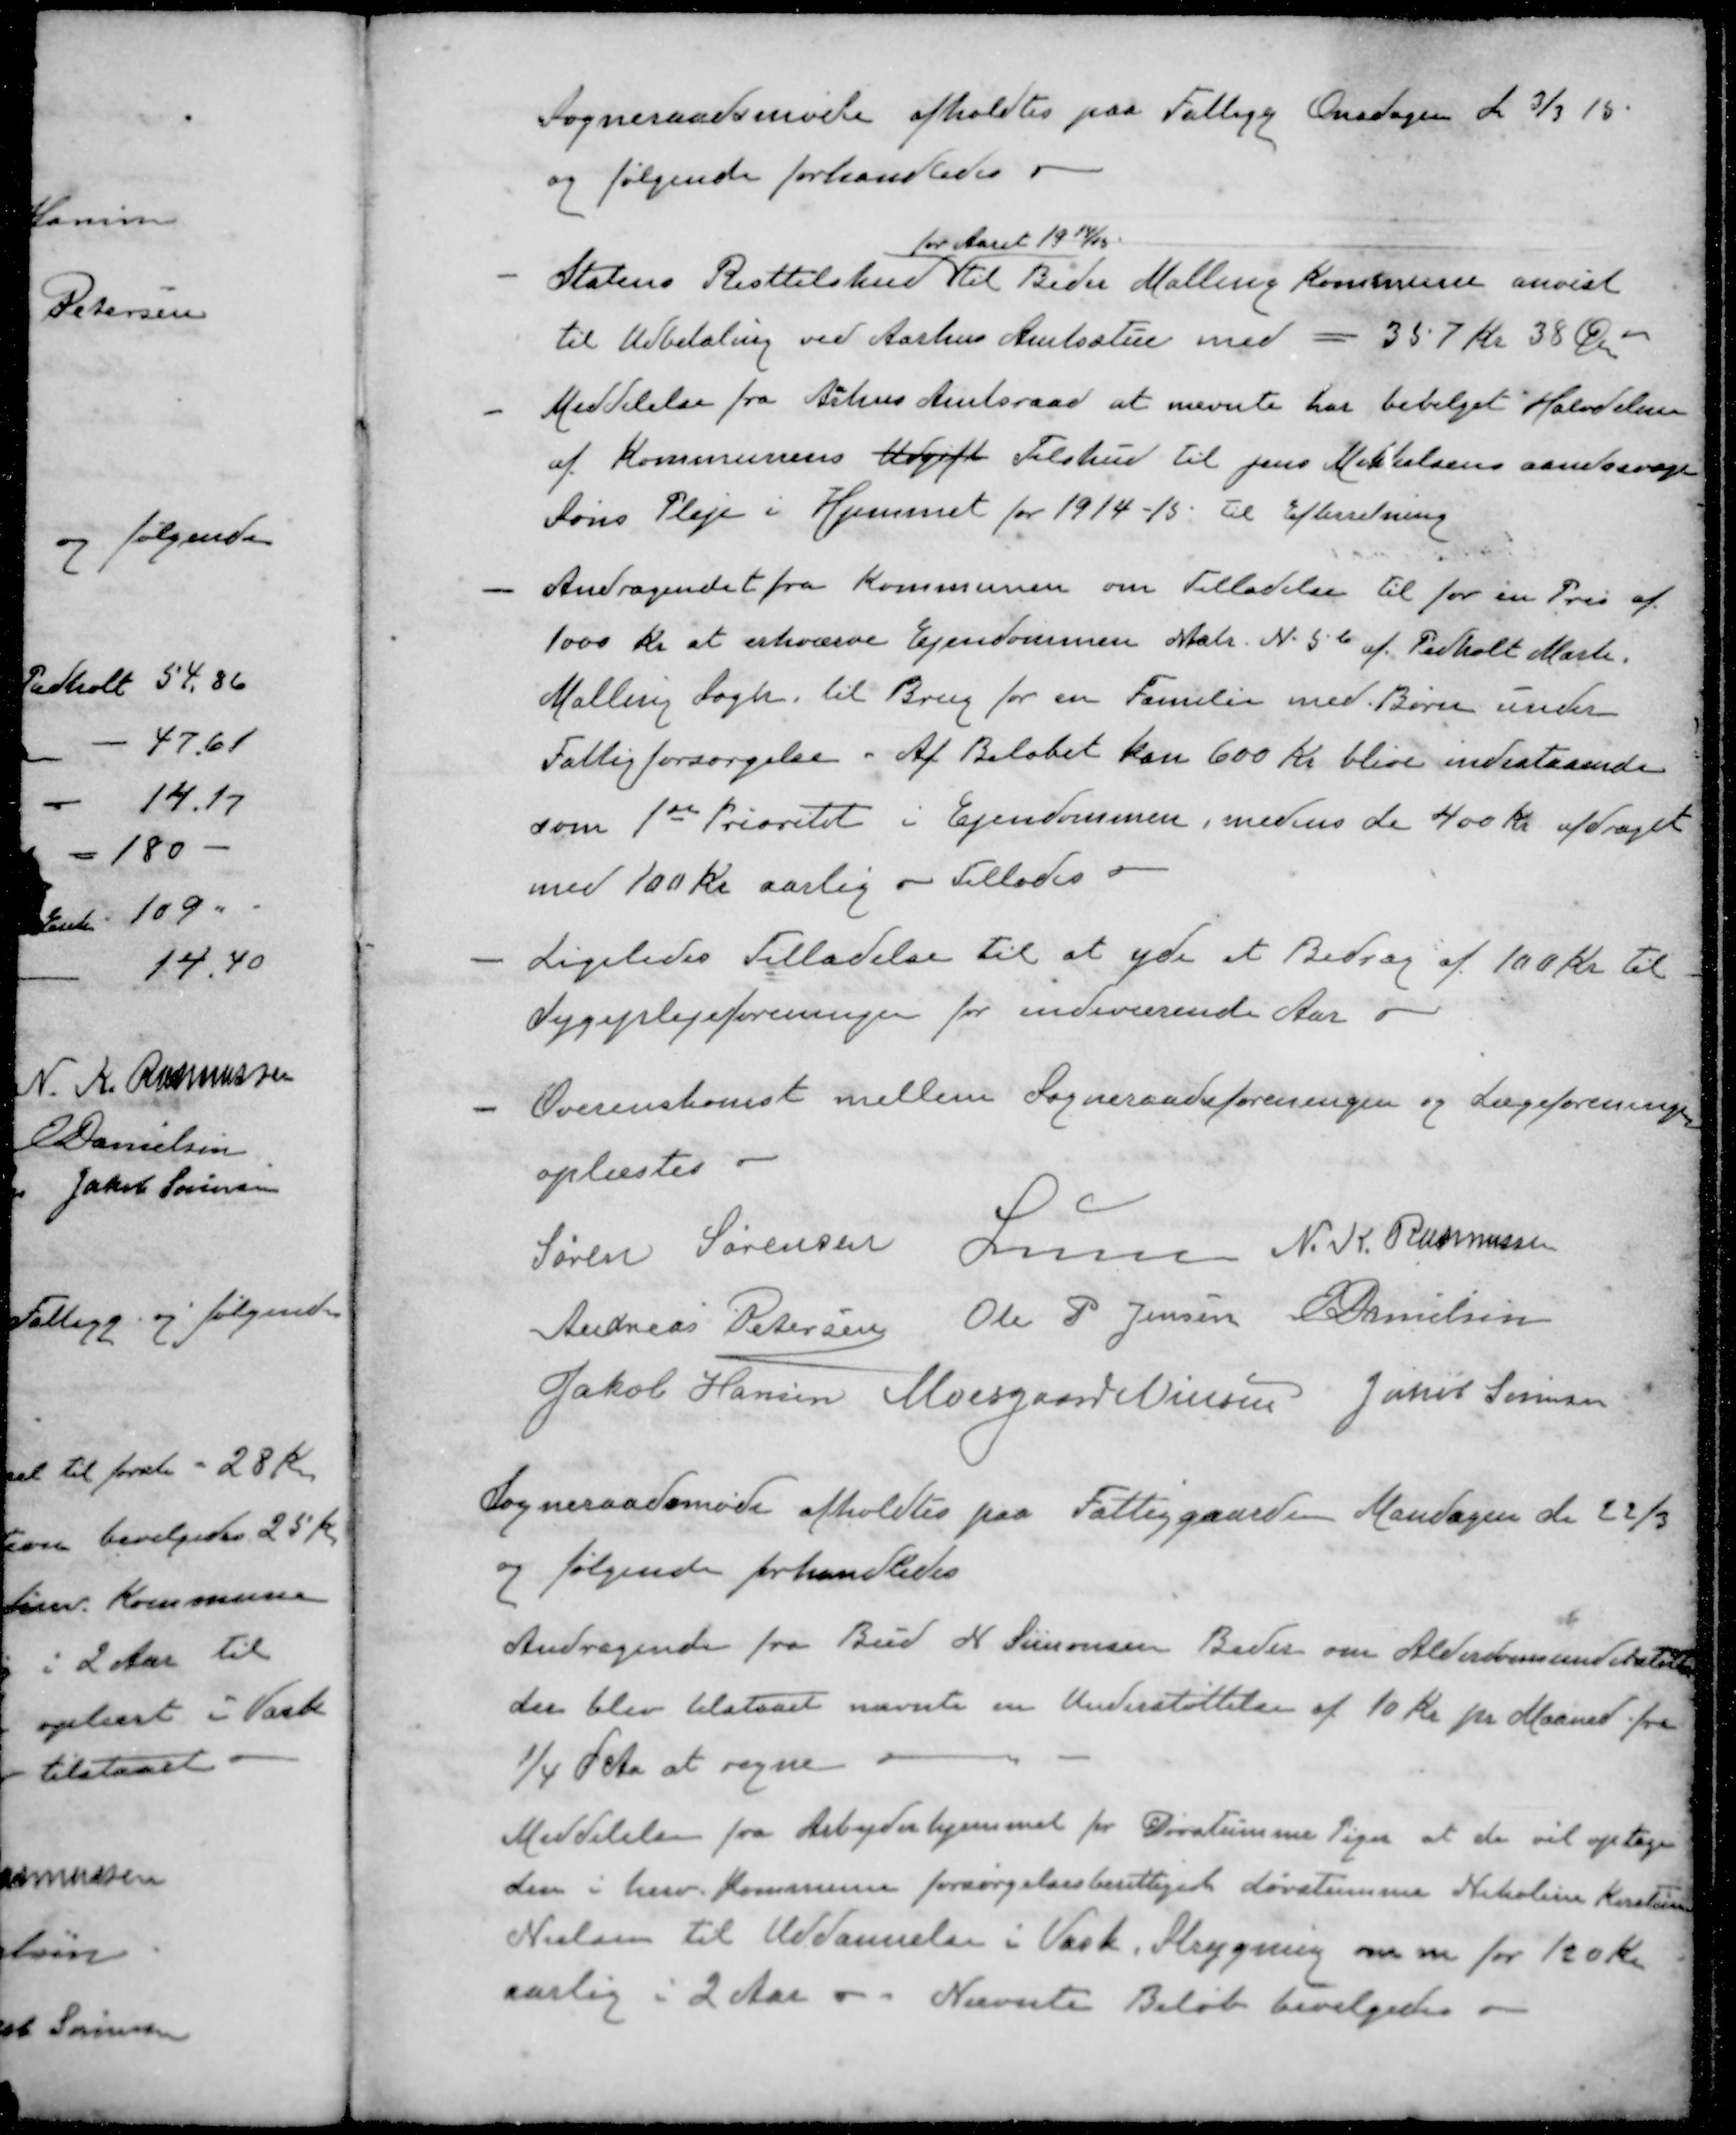
Transskription:
Sogneraadsmøde afholdtes paa Fattigg Onsdagen d 3/3 15
og følgende forhandledes
for Aaret 1914/15.
- 
Statens Resttilskud til Beder Malling Kommune anvist
til Udbetaling ved Aarhus Amtsstue med - 357 Kr 38 Øre
- 
Meddelelse fra Århus Amtsraad at nævnte har bevilget Halvdelen
af Kommunens Udgift Tilskud til Jens Mikkelsens aandssvage
Søns Pleje i Hjemmet for 1914-15 til Efterretning
- 
Andragendet fra Kommunen om Tilladelse til for en Pris af
1000 Kr at erhværve Ejendommen Matr. N. 5 b af Pedholt Mark
Malling Sogn. til Brug for en Familie med Børn under
Fattigforsørgelse. Af Beløbet kan 600 Kr blive indestaaende
som 1ste Prioritet i Ejendommen, medens de 400 kr. afdraget
med 100 Kr aarlig - Tillades
- 
Ligeledes Tilladelse til at yde et Bidrag af 100 Kr til
Sygeplejeforeninger for indeværende Aar
- 
Overenskomst mellem Sogneraadsforeningen og Lægeforeningen
oplæstes
Søren Sørensen
Lunn
N. K. Rasmussen
Andreas Petersen
Ole P Jensen
E Danielsen
Jakob Hansen
Moesgaard Nielsen
Jakob Sørensen
Sogneraadsmøde afholdtes paa Fattiggaarden Mandagen de 22/3
og følgende forhandledes
Andragende fra Bud N. Simonsen Beder om Alderdomsunderstøttelse
der blev tilstaaet nævnte en Understøttelse af 10 Kr pr Maaned fra
1/4 d Aa at regne
Meddelelse fra Arbejderhjemmet for Døvstumme Piger at de vil optage
den i herv. Kommune forsørgelsesberettiget døvstumme Nikoline Kirstin
Nielsen til Uddannelse i Vask, Strygning m m for 120 Kr
aarlig i 2 Aar - Nævnte Beløb bevilgedes